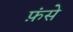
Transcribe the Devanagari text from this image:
फ़ंसे